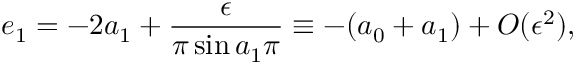
e _ { 1 } = - 2 a _ { 1 } + \frac { \epsilon } { \pi \sin a _ { 1 } \pi } \equiv - ( a _ { 0 } + a _ { 1 } ) + O ( \epsilon ^ { 2 } ) ,